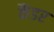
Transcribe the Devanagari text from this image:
कैंडर